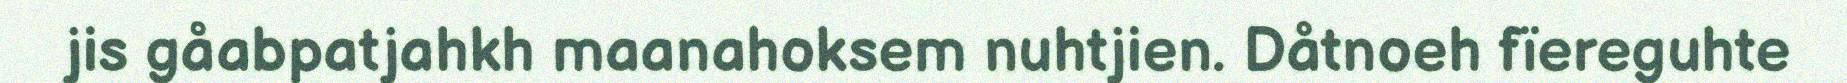
jis gåabpatjahkh maanahoksem nuhtjien. Dåtnoeh fïereguhte